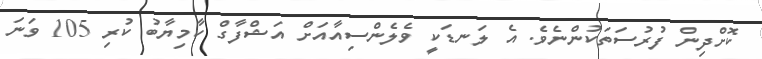
ކޮށްދިން ފުރުސަތަކުންނެވެ. އެ ލަނޑަކީ ވެލެންސިއާއަށް އަޝްފާގް ކާމިޔާބު ކުރި 105 ވަނަ